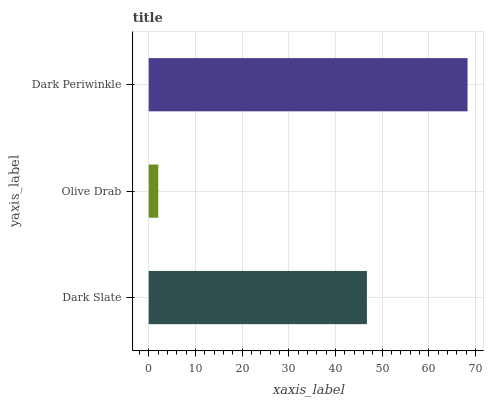
| yaxis_label | bars |
 | --- | --- |
 | Dark Slate | 46.8 |
 | Olive Drab | 2.04 |
 | Dark Periwinkle | 68.3 |